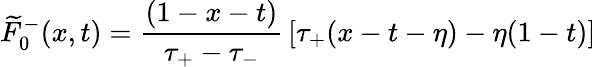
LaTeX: \widetilde{F}_{0}^{-}(x,t)={\frac{(1-x-t)}{\tau_{+}-\tau_{-}}}\left[\tau_{+}(x-t-\eta)-\eta(1-t)\right]